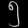
Digit: ၅